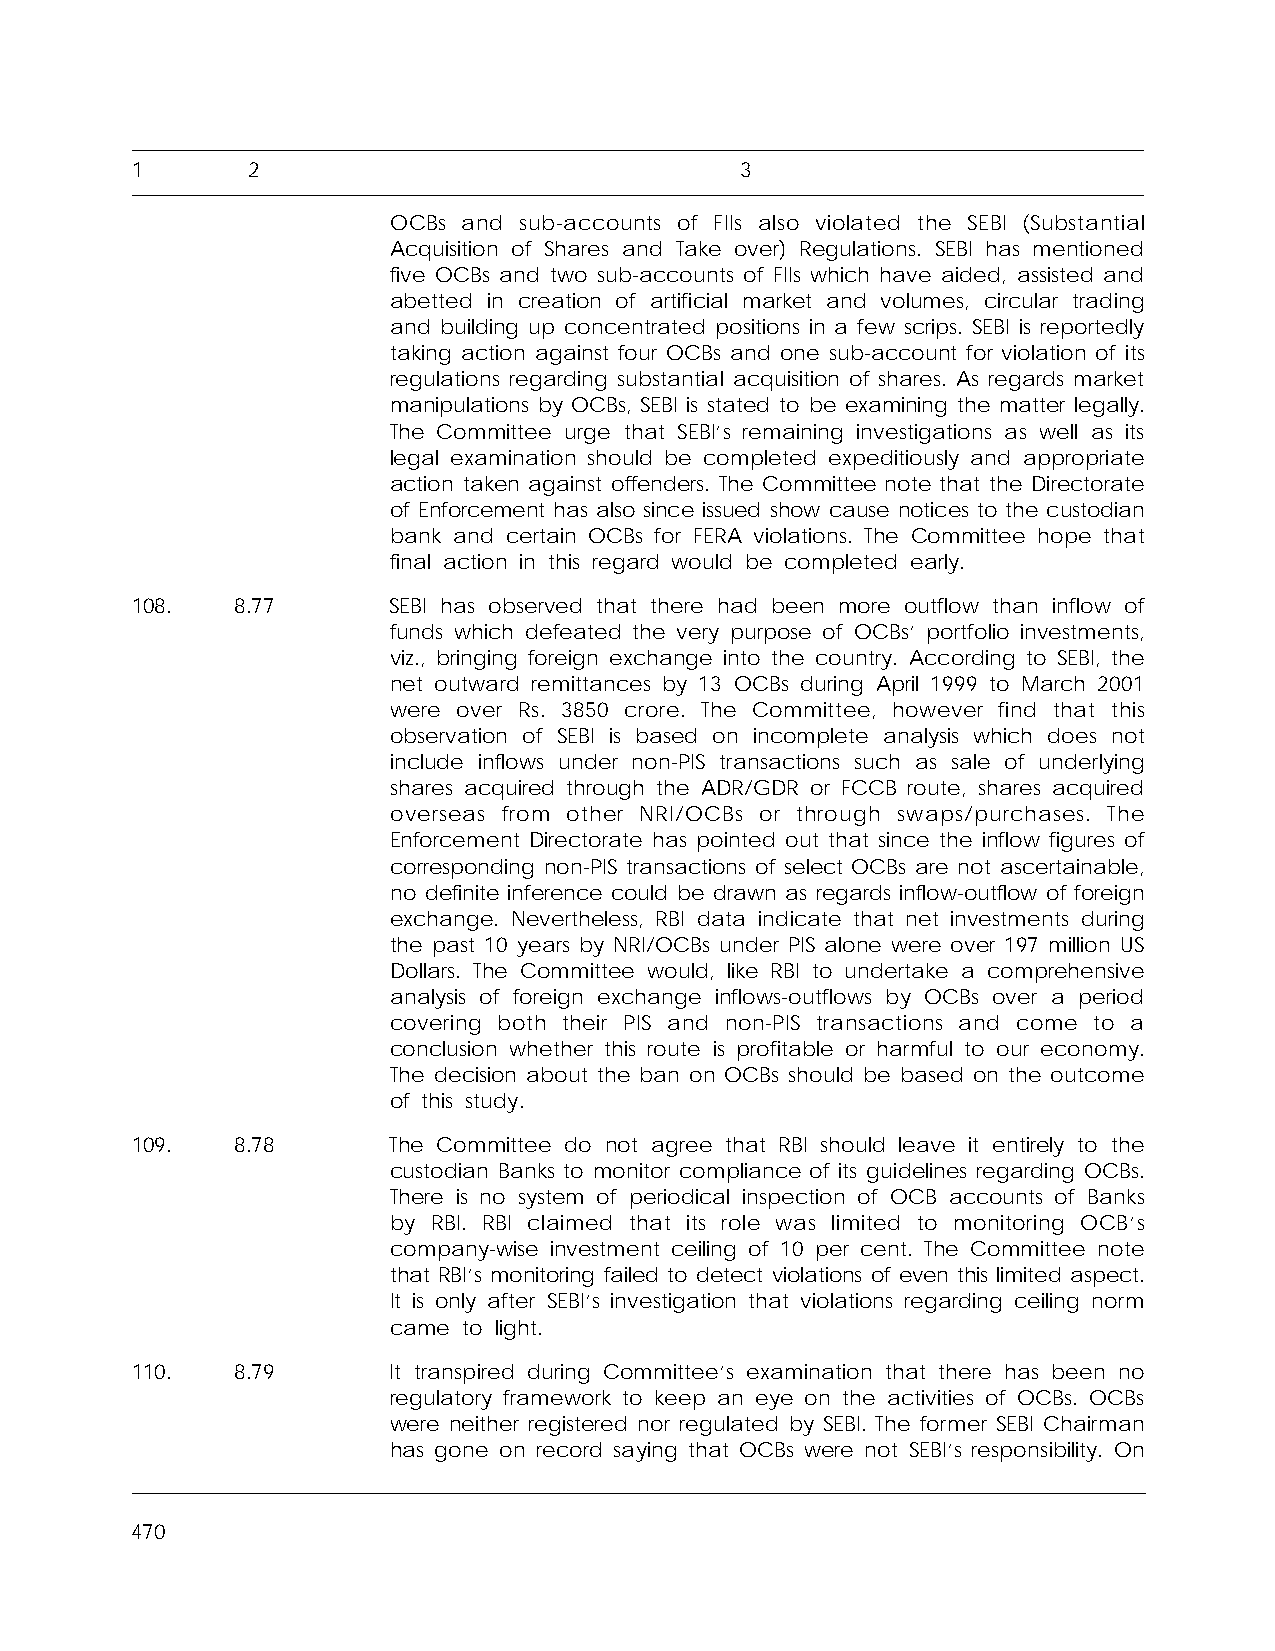
1      2                                3
 OCBs and sub-accounts of FIIs also violated the SEBI (Substantial
 Acquisition of Shares and Take over) Regulations. SEBI has mentioned
 five OCBs and two sub-accounts of FIIs which have aided, assisted and
 abetted in creation of artificial market and volumes, circular trading
 and building up concentrated positions in a few scrips. SEBI is reportedly
 taking action against four OCBs and one sub-account for violation of its
 regulations regarding substantial acquisition of shares. As regards market
 manipulations by OCBs, SEBI is stated to be examining the matter legally.
 The Committee urge that SEBI’s remaining investigations as well as its
 legal examination should be completed expeditiously and appropriate
 action taken against offenders. The Committee note that the Directorate
 of Enforcement has also since issued show cause notices to the custodian
 bank and certain OCBs for FERA violations. The Committee hope that
 final action in this regard would be completed early.
 108.   8.77      SEBI has observed that there had been more outflow than inflow of
 funds which defeated the very purpose of OCBs’ portfolio investments,
 viz., bringing foreign exchange into the country. According to SEBI, the
 net outward remittances by 13 OCBs during April 1999 to March 2001
 were over Rs. 3850 crore. The Committee, however find that this
 observation of SEBI is based on incomplete analysis which does not
 include inflows under non-PIS transactions such as sale of underlying
 shares acquired through the ADR/GDR or FCCB route, shares acquired
 overseas from other NRI/OCBs or through swaps/purchases. The
 Enforcement Directorate has pointed out that since the inflow figures of
 corresponding non-PIS transactions of select OCBs are not ascertainable,
 no definite inference could be drawn as regards inflow-outflow of foreign
 exchange. Nevertheless, RBI data indicate that net investments during
 the past 10 years by NRI/OCBs under PIS alone were over 197 million US
 Dollars. The Committee would, like RBI to undertake a comprehensive
 analysis of foreign exchange inflows-outflows by OCBs over a period
 covering both their PIS and non-PIS transactions and come to a
 conclusion whether this route is profitable or harmful to our economy.
 The decision about the ban on OCBs should be based on the outcome
 of this study.
 109.   8.78      The Committee do not agree that RBI should leave it entirely to the
 custodian Banks to monitor compliance of its guidelines regarding OCBs.
 There is no system of periodical inspection of OCB accounts of Banks
 by RBI. RBI claimed that its role was limited to monitoring OCB’s
 company-wise investment ceiling of 10 per cent. The Committee note
 that RBI’s monitoring failed to detect violations of even this limited aspect.
 It is only after SEBI’s investigation that violations regarding ceiling norm
 came to light.
 110.   8.79      It transpired during Committee’s examination that there has been no
 regulatory framework to keep an eye on the activities of OCBs. OCBs
 were neither registered nor regulated by SEBI. The former SEBI Chairman
 has gone on record saying that OCBs were not SEBI’s responsibility. On
 470